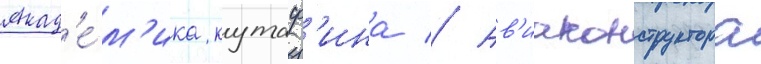
Акад'е́м'ика кутаф'ина // Ав'иаконструктора